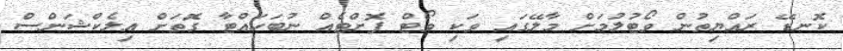
ކޮނޑޭ ރައްޔިތުން ވޯޓުލުމަށް މާލޭގައި ވަކި ވޯޓް ފޮށްޓެއް ނުބަހައްޓާ ގޮަތަށް އިލެކްޝަންސް